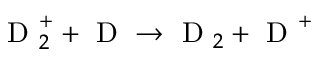
\mathrm { ~ D ~ } _ { 2 } ^ { + } + \mathrm { ~ D ~ } \rightarrow \mathrm { ~ D ~ } _ { 2 } + \mathrm { ~ D ~ } ^ { + }